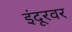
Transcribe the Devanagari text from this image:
इंदूरवर